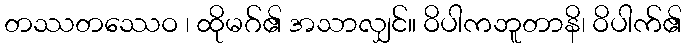
တဿတဿေဝ ၊ ထိုမဂ်၏ အသာလျှင်။ ဝိပါကဘူတာနိ၊ ဝိပါက်၏